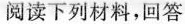
阅读下列材料，回答